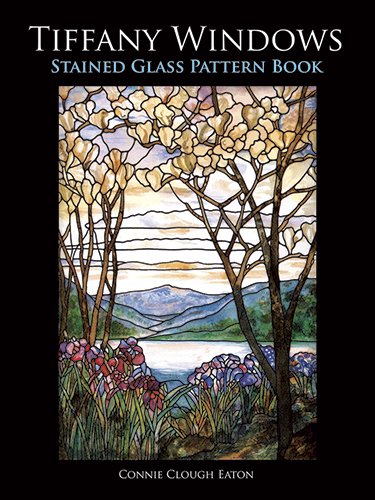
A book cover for Tiffany Windows Stained Glass Pattern Book (Dover Stained Glass Instruction); Connie Clough Eaton; Crafts, Hobbies & Home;